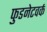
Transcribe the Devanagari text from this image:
फुडनेटवर्क